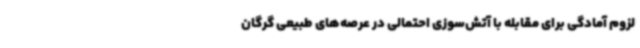
لزوم آمادگی برای مقابله با آتش‌سوزی احتمالی در عرصه‌های طبیعی گرگان